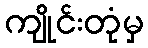
ကျိုင်းတုံမှ